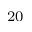
^ { 2 0 }